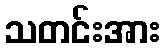
သတင်းအား